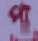
পা